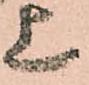
上